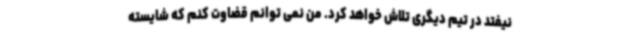
نیفتد در تیم دیگری تلاش خواهد کرد. من نمی توانم قضاوت کنم که شایسته